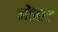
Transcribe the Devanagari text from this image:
मोबाट